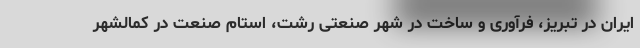
ایران در تبریز، فرآوری و ساخت در شهر صنعتی رشت، استام صنعت در کمالشهر